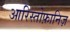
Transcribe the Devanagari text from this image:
आरिस्तोफ़ानिज़